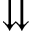
\downdownarrows